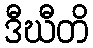
ဒီဃီတိ